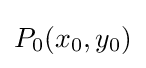
P_{0}(x_{0},y_{0})